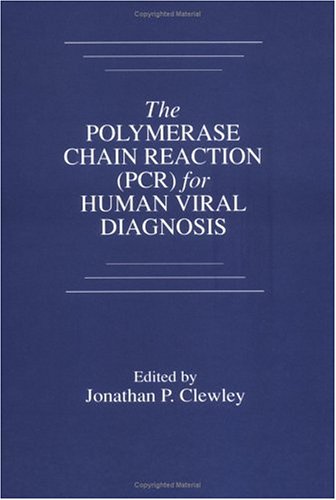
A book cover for The Polymerase Chain Reaction (PCR) for Human Viral Diagnosis; Jonathan P. Clewley; Medical Books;